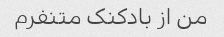
من از بادکنک متنفرم